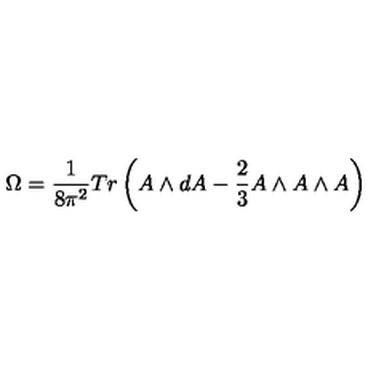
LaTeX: \Omega = \frac 1 { 8 \pi ^ { 2 } } T r \left( A \wedge d A - \frac 2 3 A \wedge A \wedge A \right)